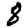
Digit: 8